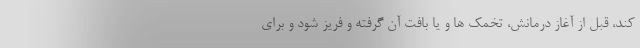
کند، قبل از آغاز درمانش، تخمک ها و یا بافت آن گرفته و فریز شود و برای